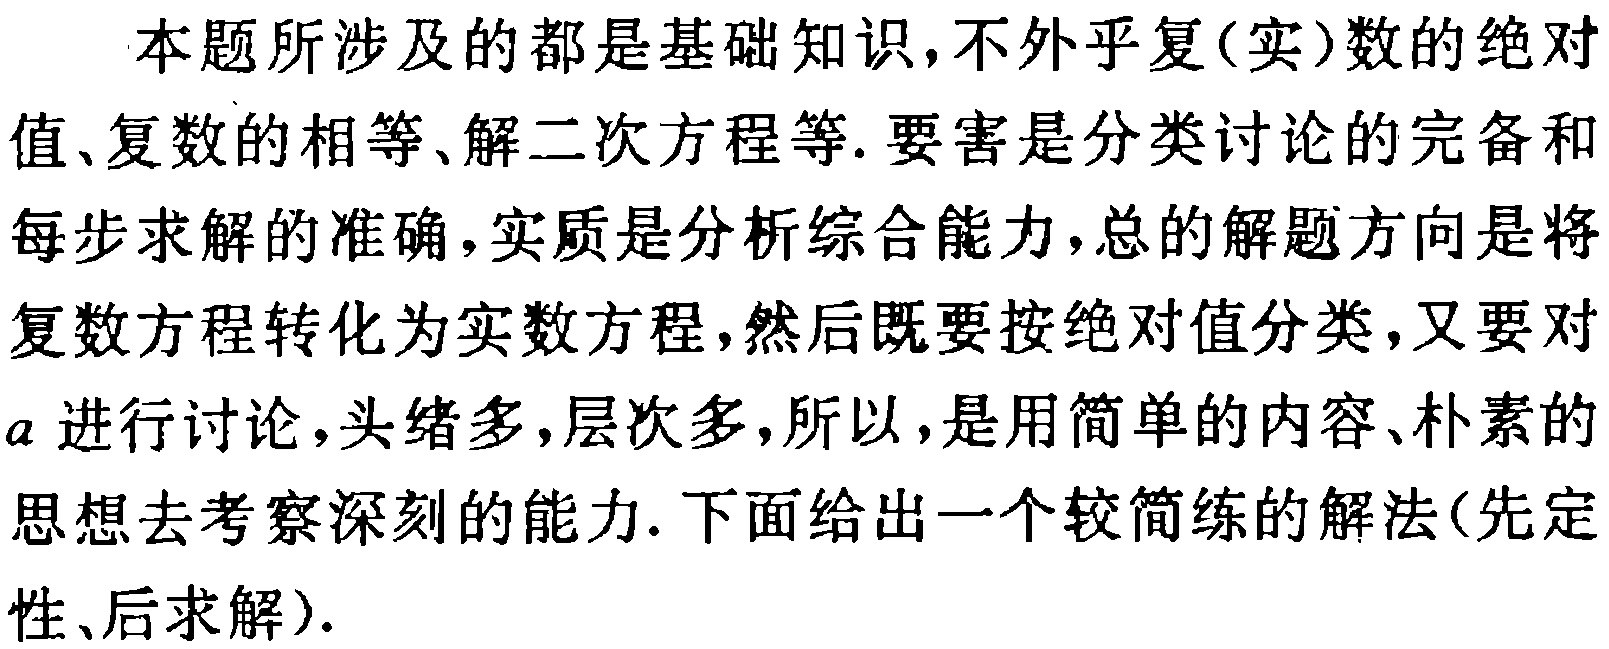
本题所涉及的都是基础知识,不外乎复(实)数的绝对值、复数的相等、解二次方程等. 要害是分类讨论的完备和每步求解的准确,实质是分析综合能力,总的解题方向是将复数方程转化为实数方程,然后既要按绝对值分类,又要对$a$进行讨论,头绪多,层次多,所以,是用简单的内容、朴素的思想去考察深刻的能力. 下面给出一个较简练的解法(先定性、后求解).